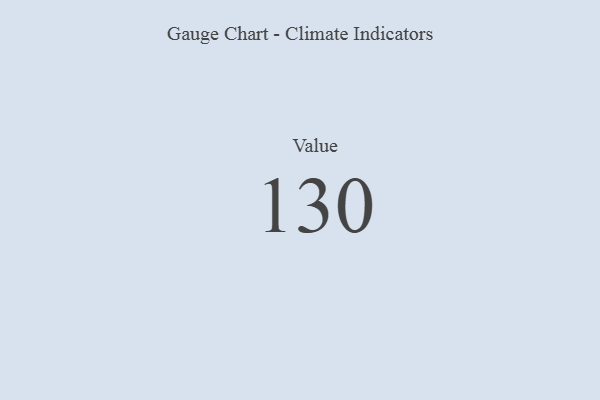
{"axis": {"x": "Metric", "y": "Value"}, "legend": [""], "data": [{"x": "Value", "y": 130, "type": ""}]}